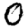
Digit: 0